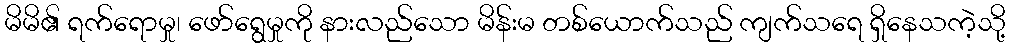
မိမိ၏ ရက်ရောမှု၊ ဖော်ရွေမှုကို နားလည်သော မိန်းမ တစ်ယောက်သည် ကျက်သရေ ရှိနေသကဲ့သို့